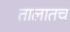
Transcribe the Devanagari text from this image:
तालातच